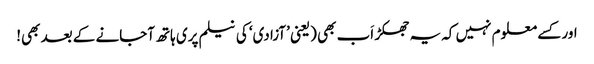
اور کسے معلوم نہیں کہ یہ جھکڑ اَب بھی (یعنی ’آزادی‘ کی نیلم پری ہاتھ آجانے کے بعد بھی!